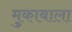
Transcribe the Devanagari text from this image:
मुकाबाला